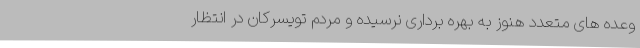
وعده های متعدد هنوز به بهره برداری نرسیده و مردم تویسرکان در انتظار